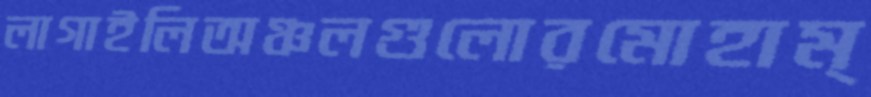
লাগাইলিঅঞ্চলগুলোরমোহাম্